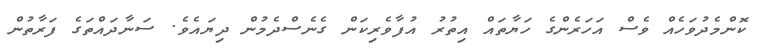
ކޮންމެދުވަހެއް ވެސް އަހަރެންގެ ހަޔާތައް އިތުރުު އުފާވެރިކަން ގެނެސްދެމުން ދިޔައެވެ. ސަނާދައްތަގެ ފަރާތުން